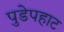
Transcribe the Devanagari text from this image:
पुडेपहाट